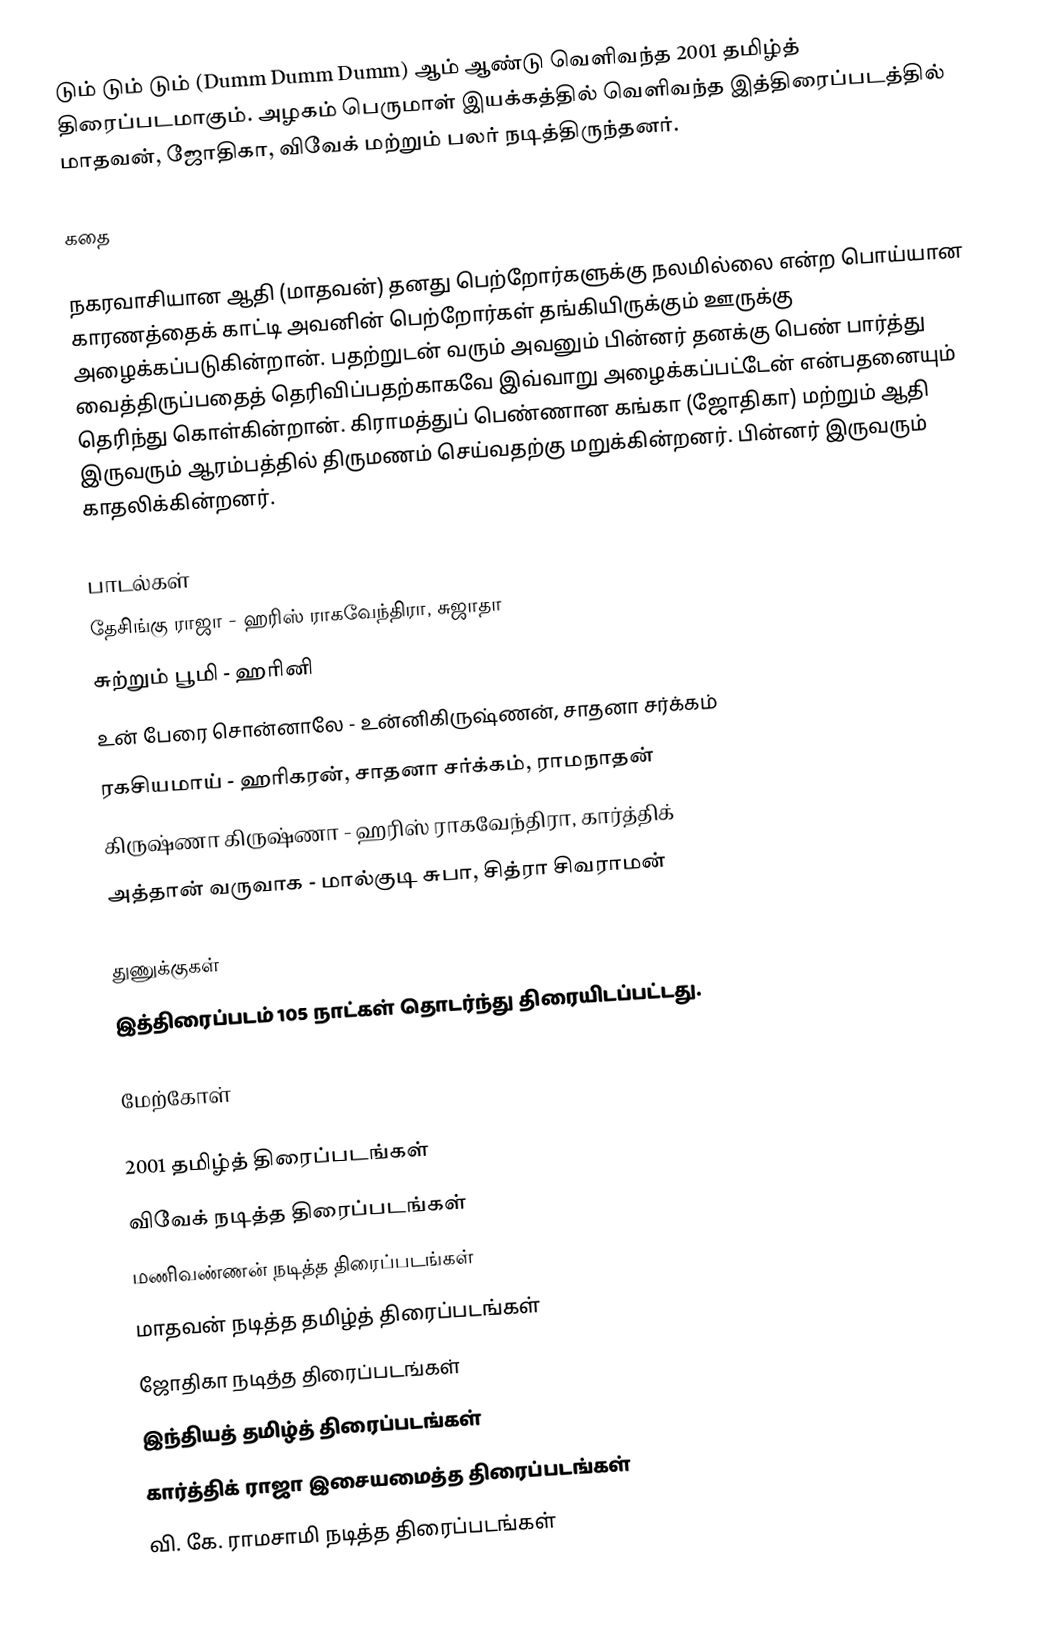
டும் டும் டும் (Dumm Dumm Dumm) ஆம் ஆண்டு வெளிவந்த 2001 தமிழ்த் திரைப்படமாகும். அழகம் பெருமாள் இயக்கத்தில் வெளிவந்த இத்திரைப்படத்தில் மாதவன், ஜோதிகா, விவேக் மற்றும் பலர் நடித்திருந்தனர்.

கதை

நகரவாசியான ஆதி (மாதவன்) தனது பெற்றோர்களுக்கு நலமில்லை என்ற பொய்யான காரணத்தைக் காட்டி அவனின் பெற்றோர்கள் தங்கியிருக்கும் ஊருக்கு அழைக்கப்படுகின்றான். பதற்றுடன் வரும் அவனும் பின்னர் தனக்கு பெண் பார்த்து வைத்திருப்பதைத் தெரிவிப்பதற்காகவே இவ்வாறு அழைக்கப்பட்டேன் என்பதனையும் தெரிந்து கொள்கின்றான். கிராமத்துப் பெண்ணான கங்கா (ஜோதிகா) மற்றும் ஆதி இருவரும் ஆரம்பத்தில் திருமணம் செய்வதற்கு மறுக்கின்றனர். பின்னர் இருவரும் காதலிக்கின்றனர்.

பாடல்கள்
தேசிங்கு ராஜா - ஹரிஸ் ராகவேந்திரா, சுஜாதா
சுற்றும் பூமி - ஹரினி
உன் பேரை சொன்னாலே - உன்னிகிருஷ்ணன், சாதனா சர்க்கம்
ரகசியமாய் - ஹரிகரன், சாதனா சர்க்கம், ராமநாதன்
கிருஷ்ணா கிருஷ்ணா - ஹரிஸ் ராகவேந்திரா, கார்த்திக்
அத்தான் வருவாக - மால்குடி சுபா, சித்ரா சிவராமன்

துணுக்குகள்
 இத்திரைப்படம் 105 நாட்கள் தொடர்ந்து திரையிடப்பட்டது.

மேற்கோள்

2001 தமிழ்த் திரைப்படங்கள்
விவேக் நடித்த திரைப்படங்கள்
மணிவண்ணன் நடித்த திரைப்படங்கள்
மாதவன் நடித்த தமிழ்த் திரைப்படங்கள்
ஜோதிகா நடித்த திரைப்படங்கள்
இந்தியத் தமிழ்த் திரைப்படங்கள்
கார்த்திக் ராஜா இசையமைத்த திரைப்படங்கள்
வி. கே. ராமசாமி நடித்த திரைப்படங்கள்